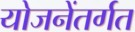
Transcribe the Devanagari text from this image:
योजनेंतर्गत